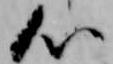
心